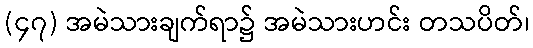
(၄၇) အမဲသားချက်ရာ၌ အမဲသားဟင်း တသပိတ်၊